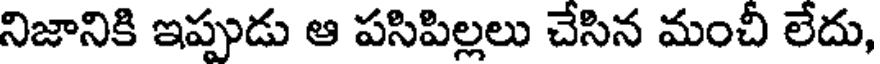
నిజానికి ఇప్పుడు ఆ పసిపిల్లలు చేసిన మంచీ లేదు,